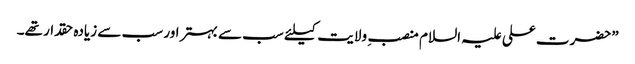
”حضرت علی علیہ السلام منصب ِ ولایت کیلئے سب سے بہتر اور سب سے زیادہ حقدار تھے۔